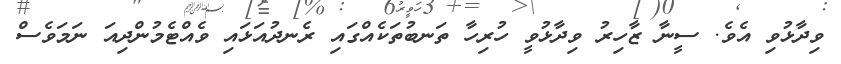
ވިދާޅުވި އެވެ. ސީނާ ޒާހިރު ވިދާޅުވީ ހުރިހާ ތަނބުތަކެއްގައި ރެނދުއަޅައި ވެއްޓެމުންދިއަ ނަމަވެސް